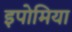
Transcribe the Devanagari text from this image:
इपोमिया